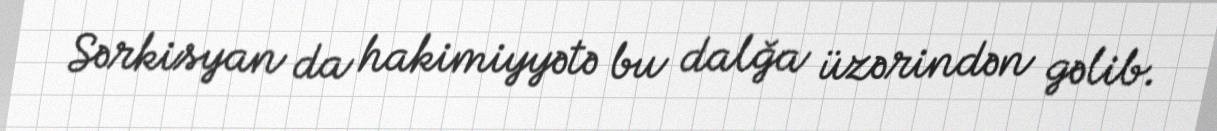
Sərkisyan da hakimiyyətə bu dalğa üzərindən gəlib.